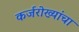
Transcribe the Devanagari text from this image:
कर्जरोख्यांचा